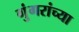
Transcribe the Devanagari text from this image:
गुंगरांच्या